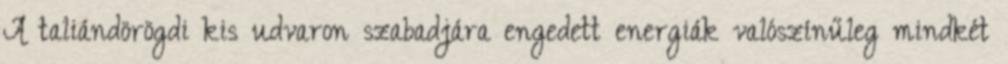
A taliándörögdi kis udvaron szabadjára engedett energiák valószínűleg mindkét